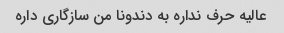
عالیه حرف نداره به دندونا من سازگاری داره